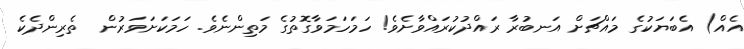
އެއް) އެބަޔަކުގެ މައްޗަށް އަނބުރާ ރައްދުކުރައްވާށެވެ! ހަމަހަމަވާގޮތުގެ މަތިންނެވެ. ހަމަކަށަވަރުން  ތެރިންދެކެ